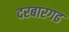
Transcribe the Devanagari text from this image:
दरबारगढ